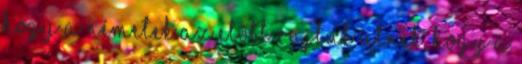
hogy a németek az előtt rajtuk ütnek, hogy a